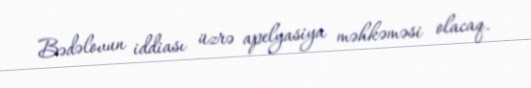
Bədəlovun iddiası üzrə apelyasiya məhkəməsi olacaq.